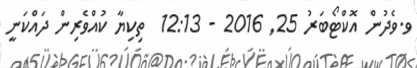
ވ.ވެދުން އޮކްޓޯބަރު 25